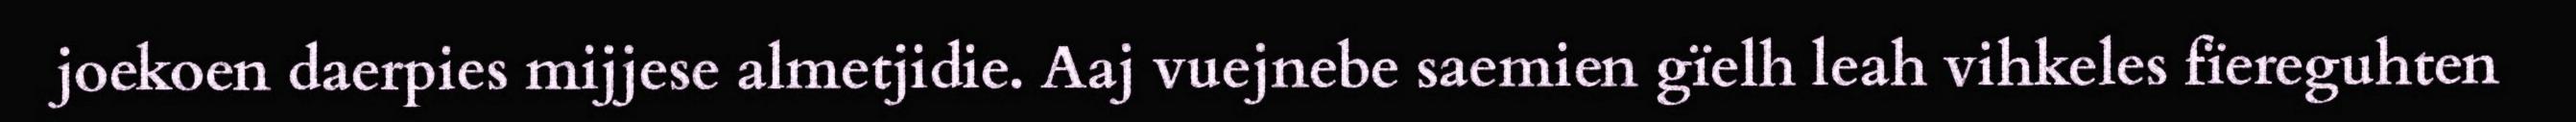
joekoen daerpies mijjese almetjidie. Aaj vuejnebe saemien gïelh leah vihkeles fïereguhten